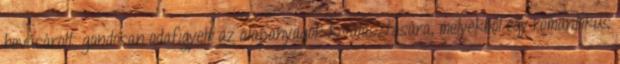
bevásárolt, gondosan odafigyelt az alapanyagok kiválasztására, melyekből egy romantikus